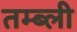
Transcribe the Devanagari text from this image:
तम्ब्ली